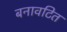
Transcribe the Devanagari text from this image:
बनावटित